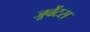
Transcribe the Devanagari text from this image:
जूवेंटस